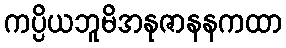
ကပ္ပိယဘူမိအနုဇာနနကထာ